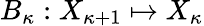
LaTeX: {B_{\kappa}}:X_{\kappa+1}\mapsto X_{\kappa}